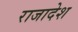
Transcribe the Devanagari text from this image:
राजादेश